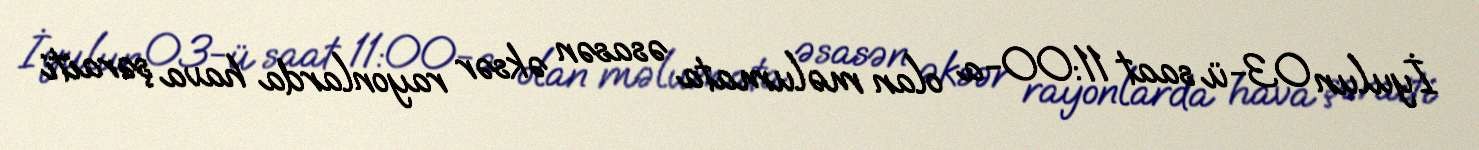
İyulun 03-ü saat 11:00-a olan məlumata əsasən əksər rayonlarda hava şəraiti